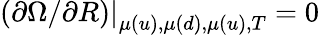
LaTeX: (\partial{\Omega}/\partial R){|}_{\mu(u),\mu(d),\mu(u),T}^{}=0